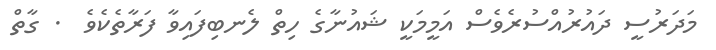
މަދަރުސީ ދައުރުއްސުރެވެސް އަމީމަކީ ޝައުނާގެ ހިތް ލެނބިފައިވާ ފަރާތެކެވެ  . ގާތް